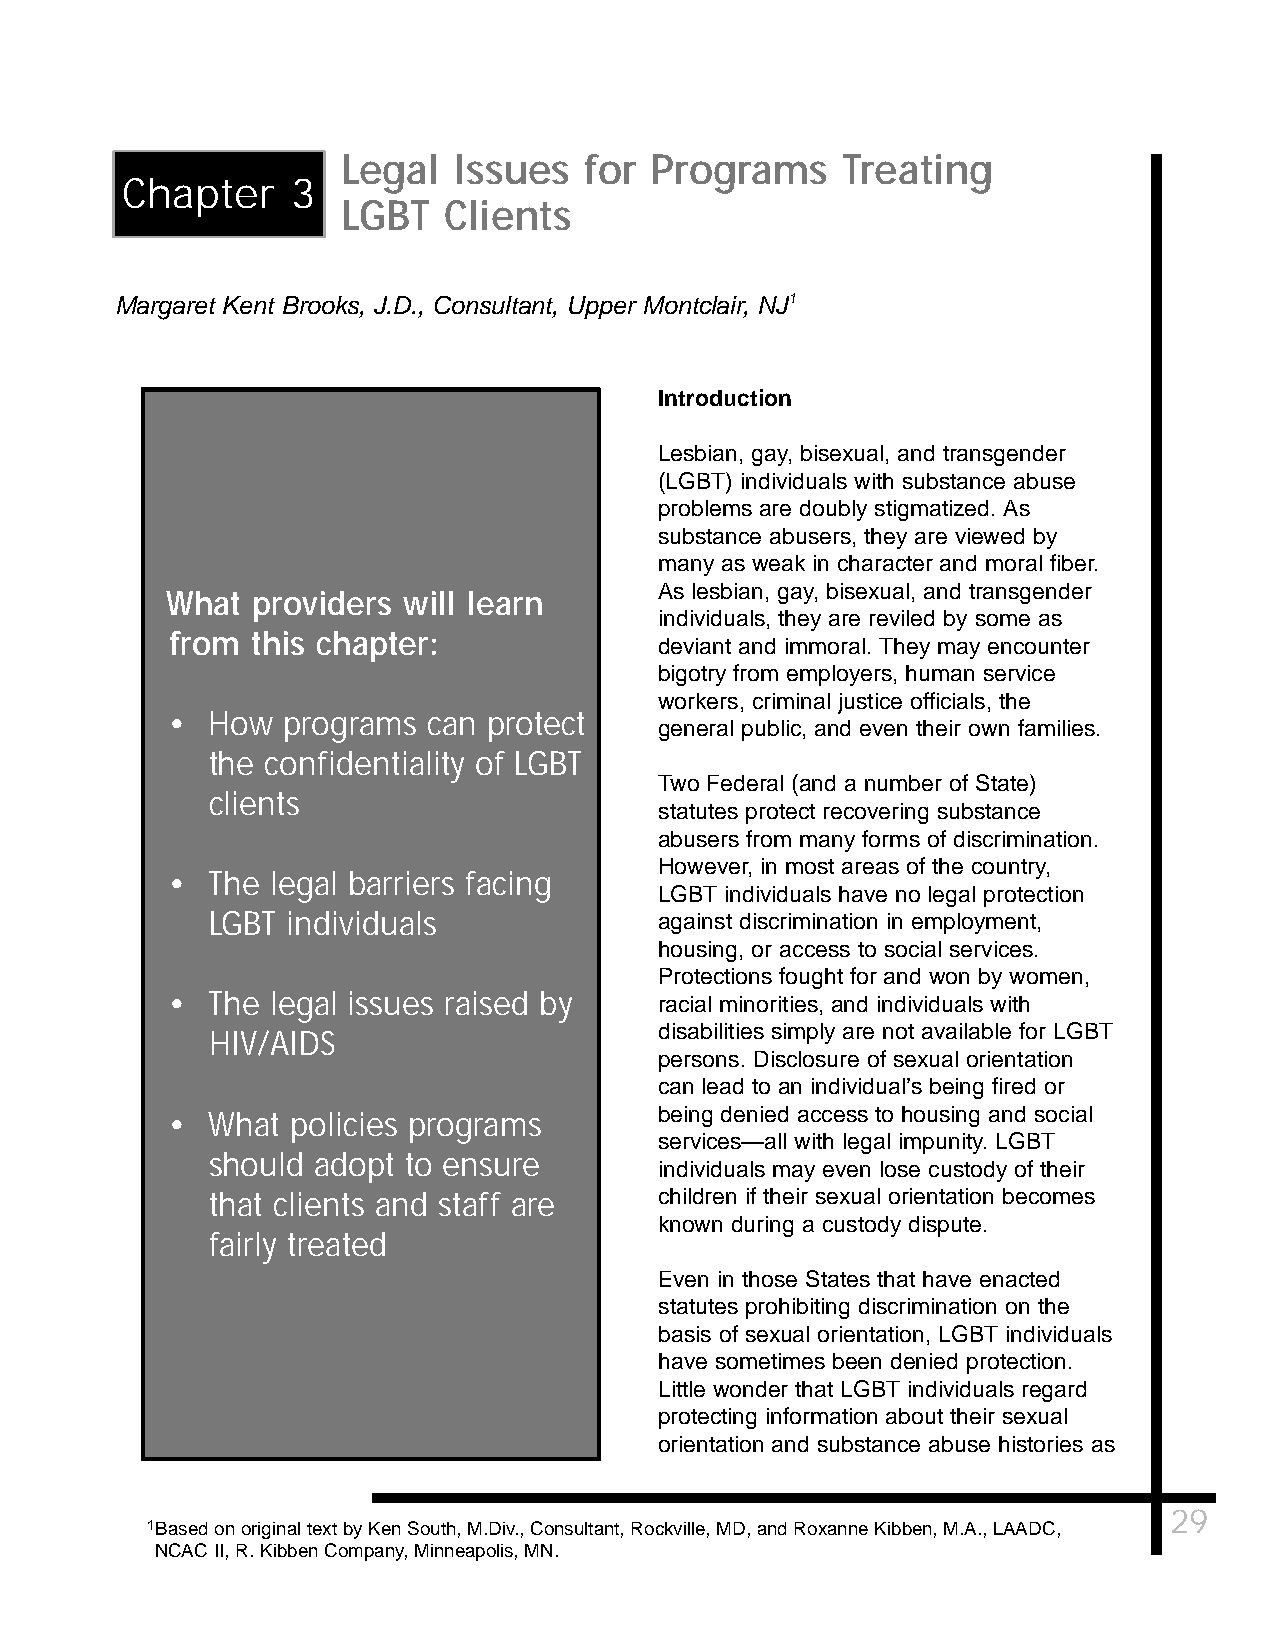
Legal  Issues   for Programs     Treating
 Chapter    3
 LGBT  Clients
 Margaret Kent Brooks, J.D., Consultant, Upper Montclair, NJ1
 Introduction
 Lesbian, gay, bisexual, and transgender
 (LGBT) individuals with substance abuse
 problems are doubly stigmatized. As
 substance abusers, they are viewed by
 many as weak in character and moral fiber.
 As lesbian, gay, bisexual, and transgender
 What  providers will learn
 individuals, they are reviled by some as
 from  this chapter:
 deviant and immoral. They may encounter
 bigotry from employers, human service
 workers, criminal justice officials, the
 •  How  programs can protect
 general public, and even their own families.
 the confidentiality of LGBT
 Two Federal (and a number of State)
 clients
 statutes protect recovering substance
 abusers from many forms of discrimination.
 However, in most areas of the country,
 •  The legal barriers facing
 LGBT individuals have no legal protection
 LGBT individuals              against discrimination in employment,
 housing, or access to social services.
 Protections fought for and won by women,
 •  The legal issues raised by    racial minorities, and individuals with
 disabilities simply are not available for LGBT
 HIV/AIDS
 persons. Disclosure of sexual orientation
 can lead to an individual’s being fired or
 •  What policies programs        being denied access to housing and social
 services—all with legal impunity. LGBT
 should adopt to ensure
 individuals may even lose custody of their
 that clients and staff are    children if their sexual orientation becomes
 known during a custody dispute.
 fairly treated
 Even in those States that have enacted
 statutes prohibiting discrimination on the
 basis of sexual orientation, LGBT individuals
 have sometimes been denied protection.
 Little wonder that LGBT individuals regard
 protecting information about their sexual
 orientation and substance abuse histories as
 29
 1Based on original text by Ken South, M.Div., Consultant, Rockville, MD, and Roxanne Kibben, M.A., LAADC,
 NCAC II, R. Kibben Company, Minneapolis, MN.